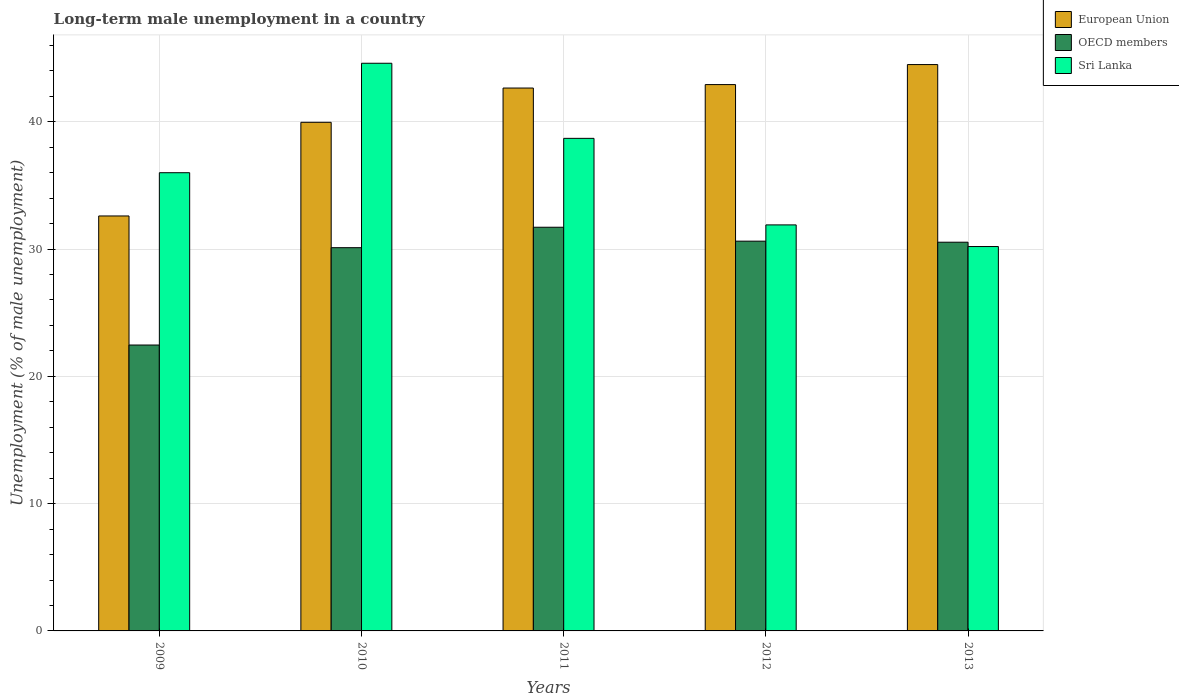
| Years | European Union | OECD members | Sri Lanka |
 | --- | --- | --- | --- |
 | 2009 | 32.6 | 22.5 | 36 |
 | 2010 | 40 | 30.1 | 44.6 |
 | 2011 | 42.7 | 31.7 | 38.7 |
 | 2012 | 42.9 | 30.6 | 31.9 |
 | 2013 | 44.5 | 30.5 | 30.2 |